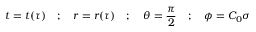
t = t ( \tau ) \quad ; \quad r = r ( \tau ) \quad ; \quad \theta = \frac { \pi } { 2 } \quad ; \quad \phi = C _ { 0 } \sigma